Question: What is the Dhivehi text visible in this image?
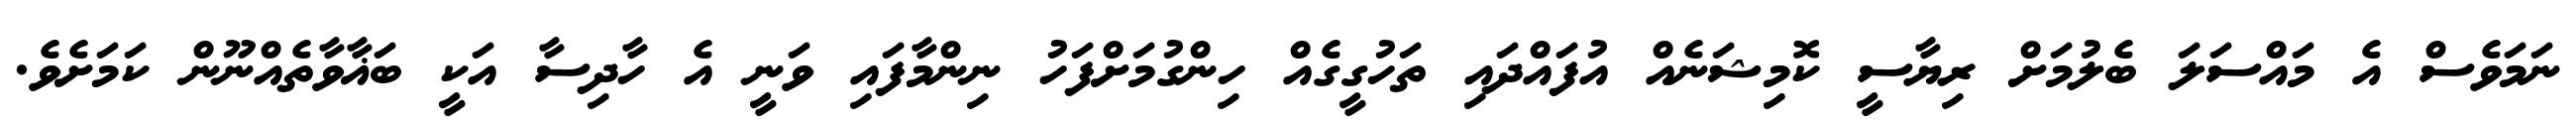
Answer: ނަމަވެސް އެ މައްސަލަ ބެލުމަށް ރިޔާސީ ކޮމިޝަނެއް އުފައްދައި ތަހުގީގެއް ހިންގުމަށްފަހު ނިންމާފައި ވަނީ އެ ހާދިސާ އަކީ ބަޣާވާތެއްނޫން ކަމަށެވެ.